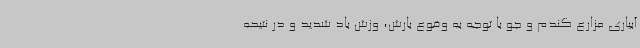
آبیاری مزارع گندم و جو با توجه به وقوع بارش، وزش باد شدید و در نتیحه